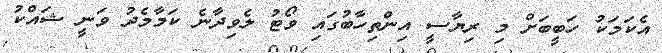
އެކަމަކު ހަބީބަށް މި ރިޔާސީ އިންތިހާބުގައި ވޯޓު ލެވިދާނެ ކަމާމެދު ވަނީ ޝައްކު